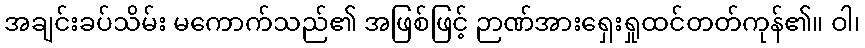
အချင်းခပ်သိမ်း မကောက်သည်၏ အဖြစ်ဖြင့် ဉာဏ်အားရှေးရှုထင်တတ်ကုန်၏။ ဝါ၊